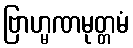
ဗြာဟ္မဏမုတ္တမံ